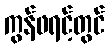
ကွန်ဖရင့်တွင်